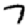
Digit: 7